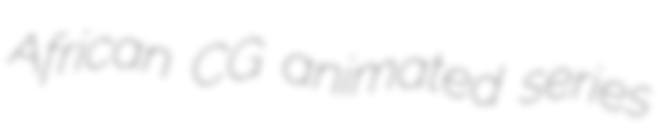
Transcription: African CG animated series